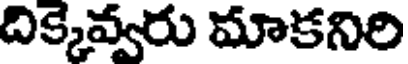
దిక్కెవ్వరు మాకనిరి